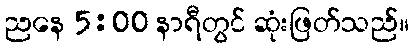
ညနေ 5:00 နာရီတွင် ဆုံးဖြတ်သည်။